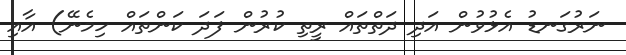
ނަރުގަނޑު އެޅުވުން އަދި ދަތްތައް ރީތި ކުރުން ފަދަ ކަންތައް ހިމެނޭ) އާއި